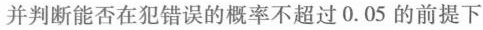
并判断能否在犯错误的概率不超过0.05的前提下